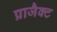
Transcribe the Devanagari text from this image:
प्राजैक्ट